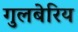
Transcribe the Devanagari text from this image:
गुलबेरिय